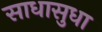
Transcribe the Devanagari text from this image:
साधासुधा